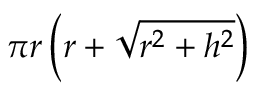
\pi r \left( r + { \sqrt { r ^ { 2 } + h ^ { 2 } } } \right)